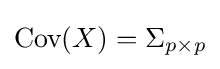
{\text{Cov}}(X)=\Sigma _{p\times p}